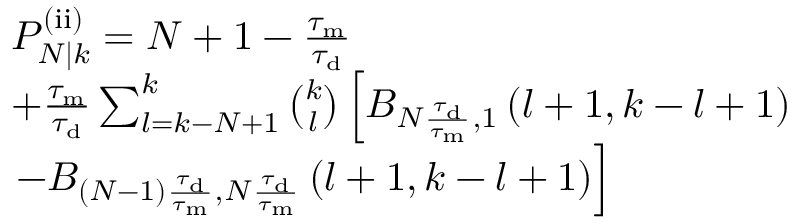
\begin{array} { r l } & { P _ { N | k } ^ { \mathrm { ( i i ) } } = N + 1 - \frac { \tau _ { \mathrm { m } } } { \tau _ { \mathrm { d } } } } \\ & { + \frac { \tau _ { \mathrm { m } } } { \tau _ { \mathrm { d } } } \sum _ { l = k - N + 1 } ^ { k } \binom { k } { l } \left[ B _ { N \frac { \tau _ { \mathrm { d } } } { \tau _ { \mathrm { m } } } , 1 } \left( l + 1 , k - l + 1 \right) \right. } \\ & { \left. - B _ { ( N - 1 ) \frac { \tau _ { \mathrm { d } } } { \tau _ { \mathrm { m } } } , N \frac { \tau _ { \mathrm { d } } } { \tau _ { \mathrm { m } } } } \left( l + 1 , k - l + 1 \right) \right] } \end{array}